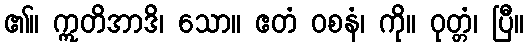
၏။ ဣတိအာဒိ၊ သော။ ဧတံ ဝစနံ၊ ကို။ ဝုတ္တံ၊ ပြီ။